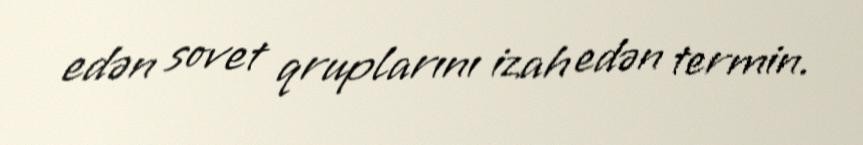
edən sovet qruplarını izah edən termin.